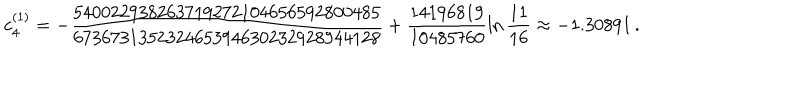
LaTeX: c _ { 4 } ^ { ( 1 ) } = - \frac { 5 4 0 0 2 2 9 3 8 2 6 3 7 1 9 2 7 2 1 0 4 6 5 6 5 9 2 8 0 0 4 8 5 } { 6 7 3 6 7 3 1 3 5 2 3 2 4 6 5 3 9 4 6 3 0 2 3 2 9 2 8 9 4 4 1 2 8 } + \frac { 1 4 1 9 6 8 1 9 } { 1 0 4 8 5 7 6 0 } \ln \frac { 1 1 } { 1 6 } \approx - 1 . 3 0 8 9 1 \, .